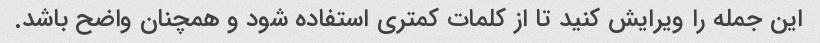
این جمله را ویرایش کنید تا از کلمات کمتری استفاده شود و همچنان واضح باشد.